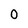
Character: o